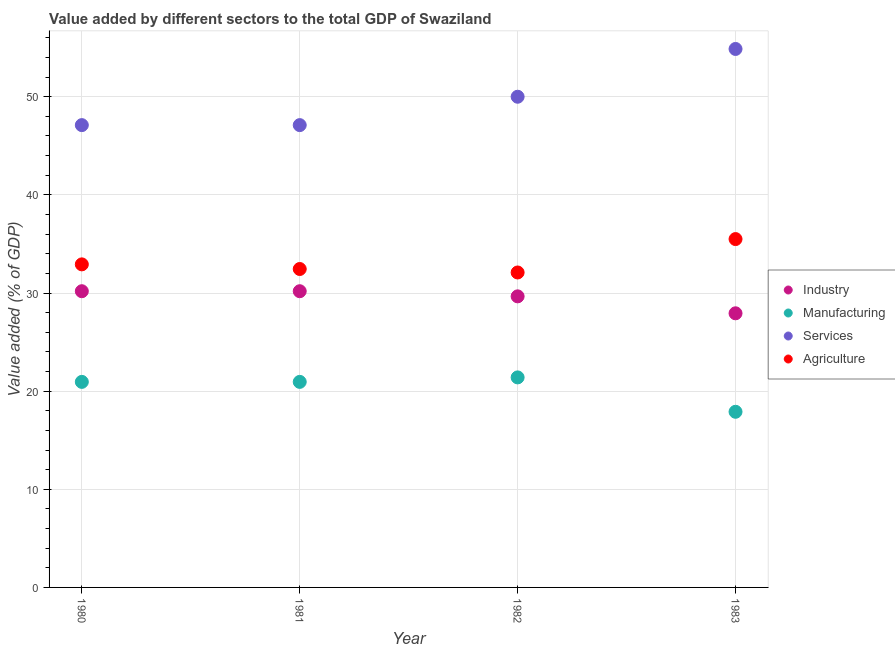
| Year | Industry | Manufacturing | Services | Agriculture |
 | --- | --- | --- | --- | --- |
 | 1980 | 30.2 | 20.9 | 47.1 | 32.9 |
 | 1981 | 30.2 | 20.9 | 47.1 | 32.4 |
 | 1982 | 29.7 | 21.4 | 50 | 32.1 |
 | 1983 | 27.9 | 17.9 | 54.9 | 35.5 |